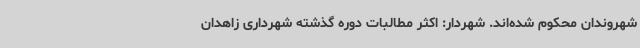
شهروندان محکوم شده‌اند. شهردار: اکثر مطالبات دوره گذشته شهرداری زاهدان